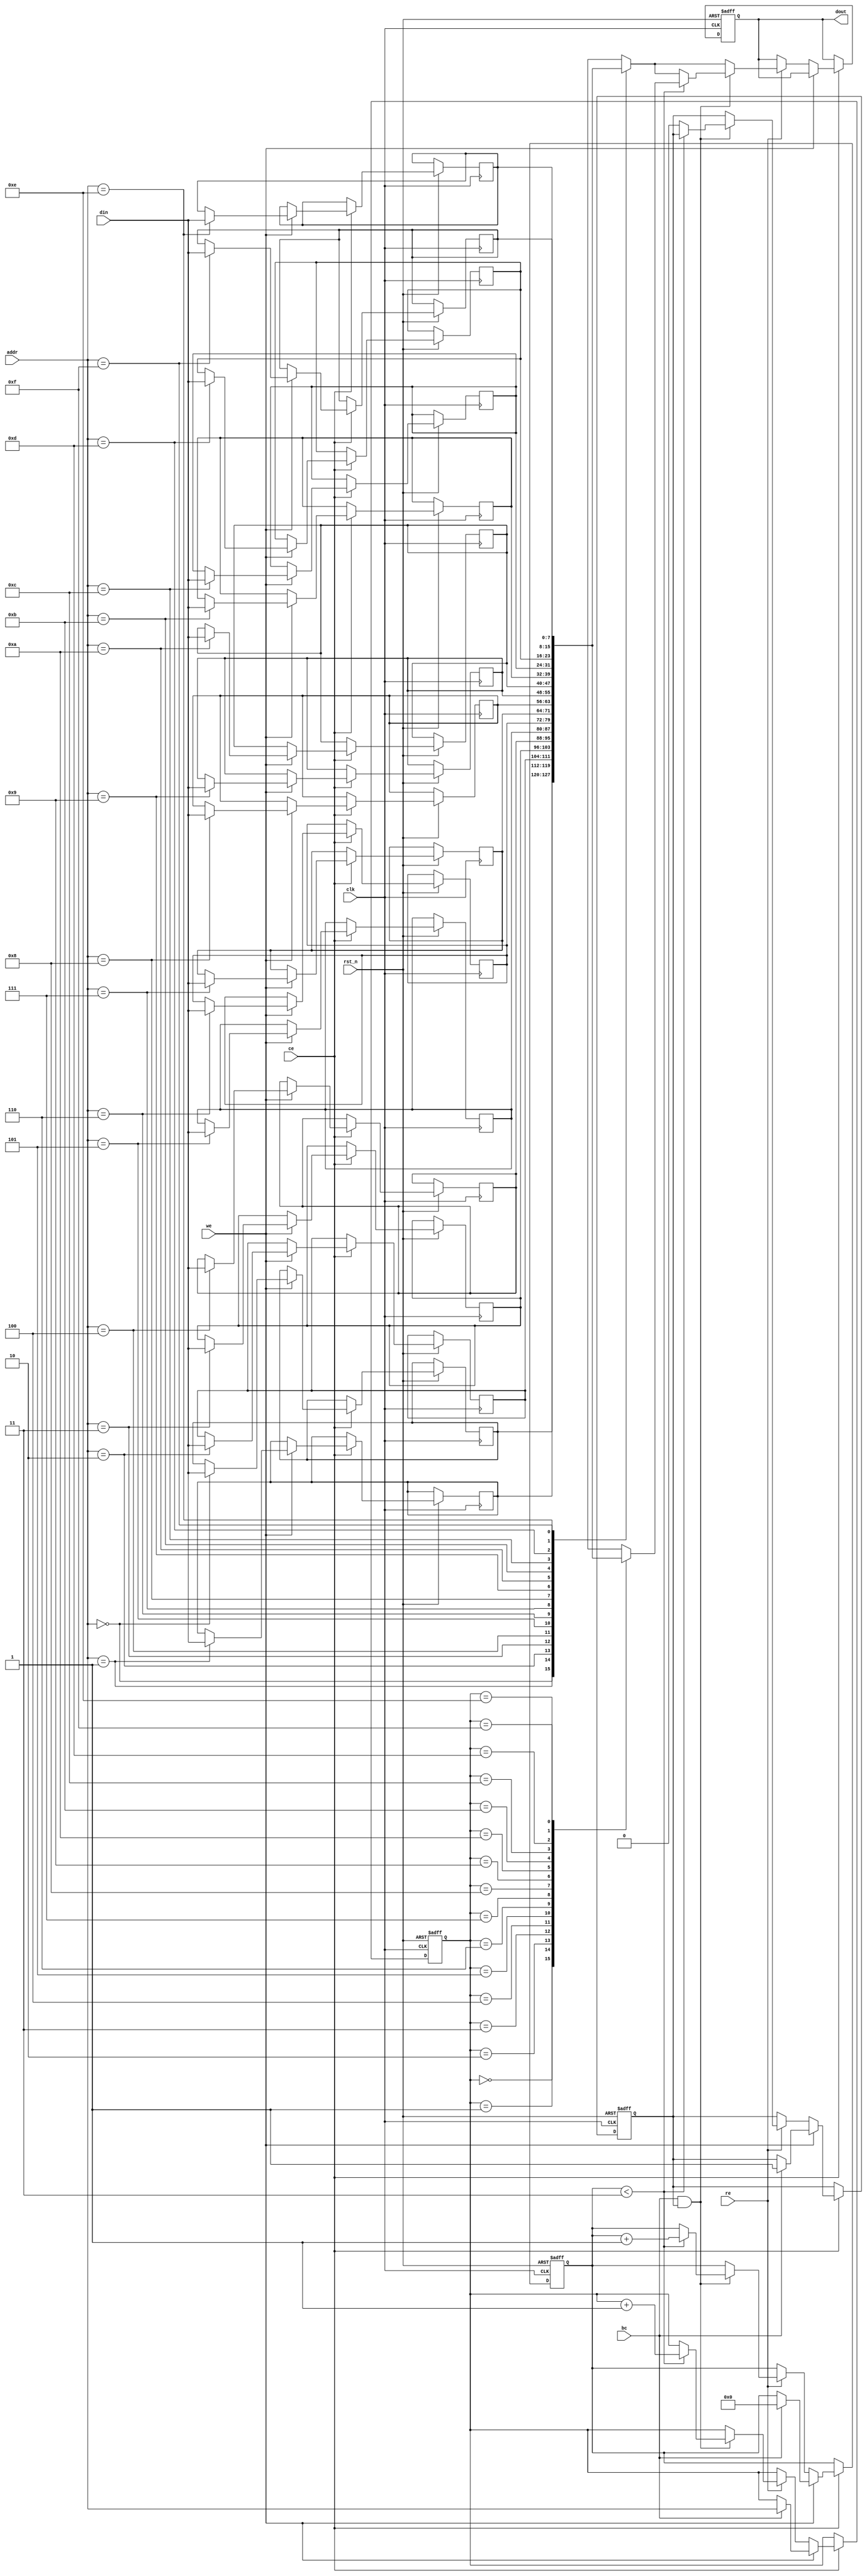
module burst_sram #(
    parameter DATA_WIDTH = 8,    // Width of data bus
    parameter ADDR_WIDTH = 4,    // Width of address bus (2^ADDR_WIDTH = Depth)
    parameter DEPTH = 16          // Total number of memory words
)(
    input wire clk,               // Clock signal
    input wire rst_n,             // Active-low reset
    input wire [ADDR_WIDTH-1:0] addr, // Address input
    input wire [DATA_WIDTH-1:0] din,   // Data input
    input wire we,                // Write Enable
    input wire re,                // Read Enable
    input wire ce,                // Chip Enable
    input wire bc,                // Burst Control
    output reg [DATA_WIDTH-1:0] dout // Data output
);

// Memory array declaration
reg [DATA_WIDTH-1:0] mem [0:DEPTH-1];
reg [ADDR_WIDTH-1:0] burst_addr; // Address for burst operations
reg [3:0] burst_count;            // Burst counter
reg in_burst;                     // Flag for burst operation

// Asynchronous read and write operations
always @(posedge clk or negedge rst_n) begin
    if (!rst_n) begin
        // Initialize memory or burst-related signals on reset
        burst_addr <= 0;
        burst_count <= 0;
        in_burst <= 1'b0;
        dout <= {DATA_WIDTH{1'b0}};
    end else if (ce) begin
        if (we) begin
            // Normal write operation
            mem[addr] <= din;
            // For burst, only increment if we are in burst mode
            if (bc) begin
                in_burst <= 1'b1; // Start burst mode
                burst_addr <= addr; // Save the initial address
                burst_count <= 0; // Reset burst counter
            end
        end else if (re) begin
            // Normal read operation
            dout <= mem[addr];
            // For burst, only increment the address
            if (bc && in_burst) begin
                if (burst_count < 3) begin // Example burst length of 4
                    burst_count <= burst_count + 1'b1;
                    burst_addr <= burst_addr + 1'b1; // Increment address
                    dout <= mem[burst_addr]; // Read data from next address
                end else begin
                    in_burst <= 1'b0; // End burst operation
                end
            end
        end
    end
end

endmodule